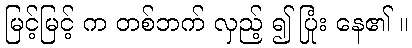
မြင့်မြင့် က တစ်ဘက် လှည့် ၍ ပြုံး နေ၏ ။